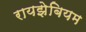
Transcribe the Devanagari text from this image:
रायझेबियम